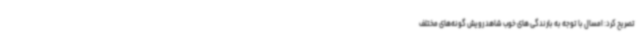
تصریح کرد: امسال با توجه به بارندگی های خوب شاهد رویش گونه‌های مختلف